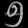
Digit: ၅